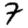
Digit: 7